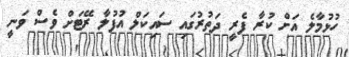
ހުޅުމާލެ އަށް ކުރާ ފެރީ ދަތުރުގައި ސައިކަލް އުފުލާ ރޭޓަށް ވެސް ވަނީ